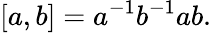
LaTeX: [a,b]=a^{-1}b^{-1}ab.